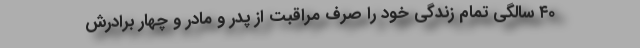
۴۰ سالگی تمام زندگی خود را صرف مراقبت از پدر و مادر و چهار برادرش